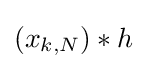
(x_{k,N})*h